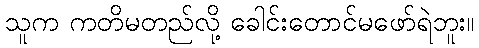
သူက ကတိမတည်လို့ ခေါင်းတောင်မဖော်ရဲဘူး။